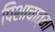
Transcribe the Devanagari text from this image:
पिशाचात्मा